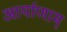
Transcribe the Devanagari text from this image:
आर्याणाम्